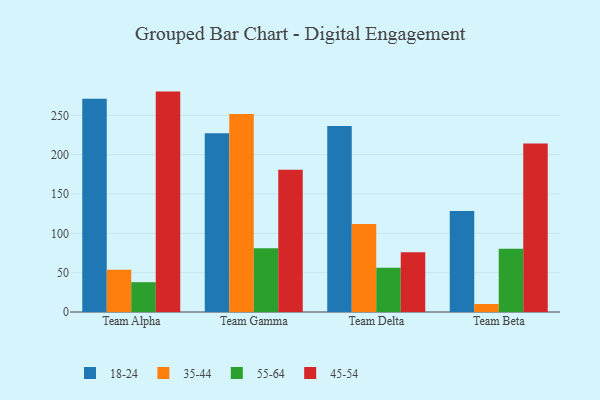
{"axis": {"x": "Team", "y": "Production Output"}, "legend": ["18-24", "35-44", "45-54", "55-64"], "data": [{"x": "Team Alpha", "y": 271.1, "type": "18-24"}, {"x": "Team Alpha", "y": 53.7, "type": "35-44"}, {"x": "Team Alpha", "y": 37.9, "type": "55-64"}, {"x": "Team Alpha", "y": 280.2, "type": "45-54"}, {"x": "Team Gamma", "y": 227.4, "type": "18-24"}, {"x": "Team Gamma", "y": 251.7, "type": "35-44"}, {"x": "Team Gamma", "y": 81.2, "type": "55-64"}, {"x": "Team Gamma", "y": 180.9, "type": "45-54"}, {"x": "Team Delta", "y": 236.5, "type": "18-24"}, {"x": "Team Delta", "y": 111.8, "type": "35-44"}, {"x": "Team Delta", "y": 56.2, "type": "55-64"}, {"x": "Team Delta", "y": 75.9, "type": "45-54"}, {"x": "Team Beta", "y": 128.4, "type": "18-24"}, {"x": "Team Beta", "y": 10.2, "type": "35-44"}, {"x": "Team Beta", "y": 80.3, "type": "55-64"}, {"x": "Team Beta", "y": 214.1, "type": "45-54"}]}